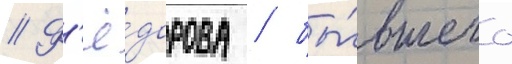
// Ф'ё́дорова / бы́вшего